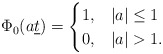
\begin{align*}\Phi_0(a \underline{t})=\begin{cases}1,&|a|\leq 1\\0,&|a|>1.\end{cases}\end{align*}